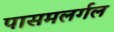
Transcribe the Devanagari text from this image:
पासमलर्गल